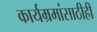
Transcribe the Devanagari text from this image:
कार्यम्रमांसाठीही